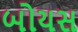
બોયસ